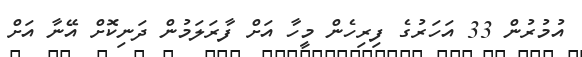
އުމުރުން 33 އަހަރުގެ ފިރިހެން މީހާ އަށް ފާރަލަމުން ދަނިކޮށް އޭނާ އަށް